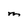
Character: M